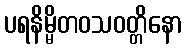
ပရနိမ္မိတဝသဝတ္တိနော